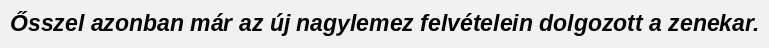
Ősszel azonban már az új nagylemez felvételein dolgozott a zenekar.